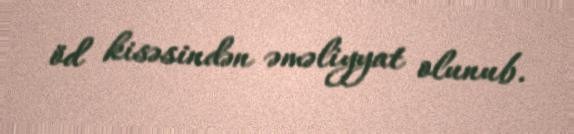
öd kisəsindən əməliyyat olunub.